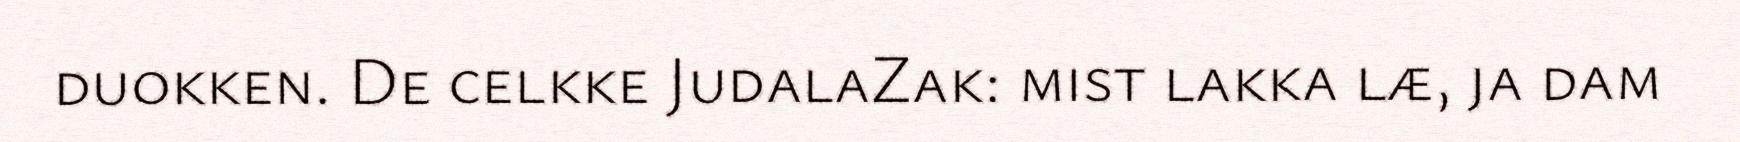
duokken. De celkke JudalaZak: mist lakka læ, ja dam